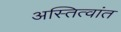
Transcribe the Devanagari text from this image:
अस्तित्वांत